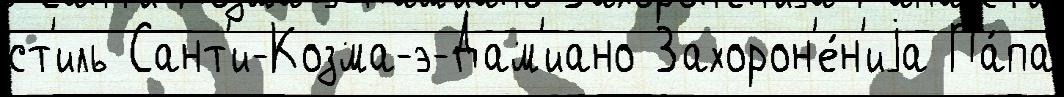
ст'иль Сант'и-Козма-э-Дам'иано Захорон'е́н'иjа Па́па